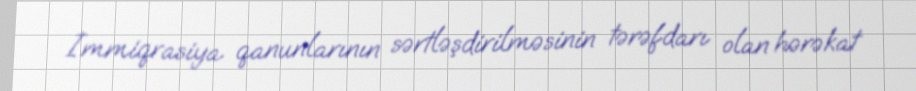
İmmiqrasiya qanunlarının sərtləşdirilməsinin tərəfdarı olan hərəkat